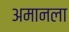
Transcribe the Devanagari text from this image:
अमानला